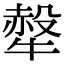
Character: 𤛖